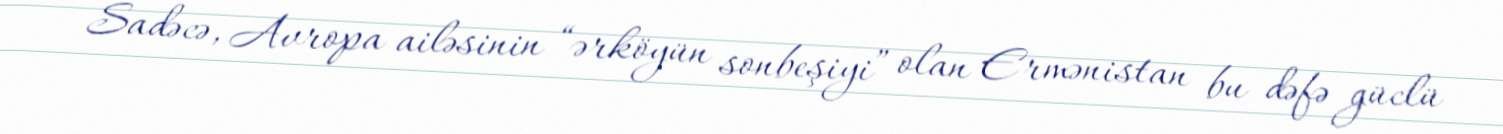
Sadəcə, Avropa ailəsinin “ərköyün sonbeşiyi” olan Ermənistan bu dəfə güclü